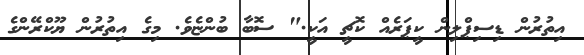
އިތުރުން ޑިސިޕްލިން ކީޕަރެއް ކޮޗީ އަކީ." ސޮބާ ބުންޏެވެ. މިގެ އިތުރުން ޔޫކްރޭންގެ